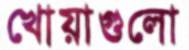
খোয়াগুলো